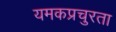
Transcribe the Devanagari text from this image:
यमकप्रचुरता